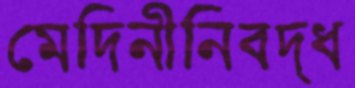
মেদিনীনিবদ্ধ